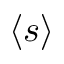
\langle s \rangle